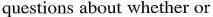
questions about whether or